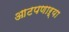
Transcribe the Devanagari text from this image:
आटपणाऱ्या